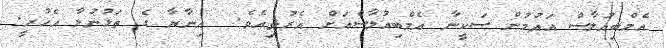
އެމްބިއުލާސް އައުމުން ސަކީނާ އެމްބިއުލާސްއަށް އެރުވިއެވެ.  އިނާޔާ ގެ ތަޅުނުލާ އެހުރީ.